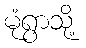
မုံရွာသို့